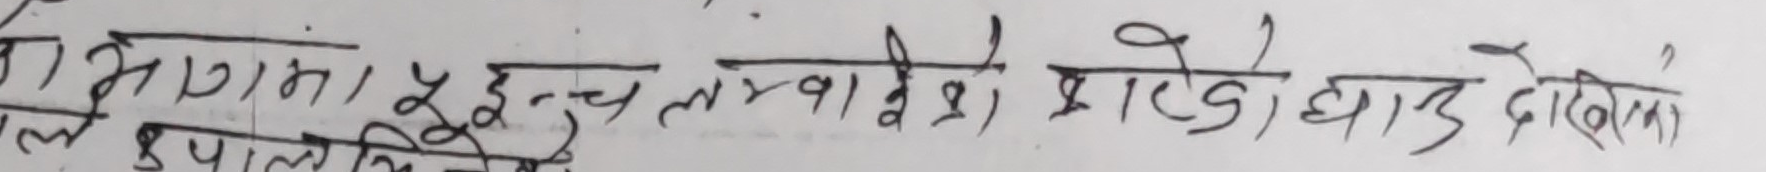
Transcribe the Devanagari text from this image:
जो भागमा १ इंच लम्बाई बेशी, प्रष्टै बान्दै देखिन्छ